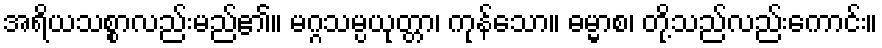
အရိယသစ္စာလည်းမည်၏။ မဂ္ဂသမ္ပယုတ္တာ၊ ကုန်သော။ ဓမ္မာစ၊ တို့သည်လည်းကောင်း။